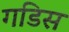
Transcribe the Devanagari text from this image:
गडिस